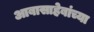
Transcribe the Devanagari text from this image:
आबासाहेबांच्या